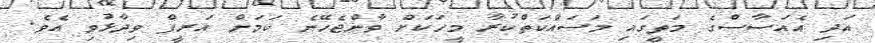
އަދި އެއަސާސްގެ މަތީގައި މަސައްކަތްކުރާ މީހަކަށް ވާންޖެހޭނެ ކަމަށް އަރީފް ވިދާޅުވި އެވެ.